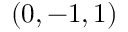
( 0 , - 1 , 1 )